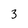
Character: 3